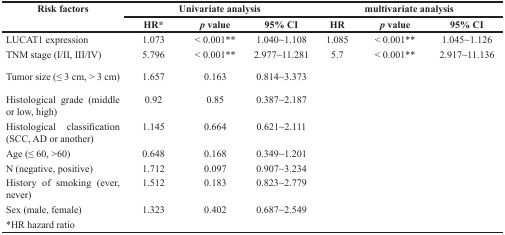
<table><thead><tr><td rowspan="2"><b>Risk factors</b></td><td colspan="3"><b>Univariate analysis</b></td><td colspan="3"><b>multivariate analysis</b></td></tr><tr><td><b>HR*</b></td><td><b><i>p</i> value</b></td><td><b>95% CI</b></td><td><b>HR</b></td><td><b><i>p</i> value</b></td><td><b>95% CI</b></td></tr></thead><tbody><tr><td>LUCAT1 expression</td><td>1.073</td><td>&lt; 0.001**</td><td>1.040~1.108</td><td>1.085</td><td>&lt; 0.001**</td><td>1.045~1.126</td></tr><tr><td>TNM stage (I/II, III/IV)</td><td>5.796</td><td>&lt; 0.001**</td><td>2.977~11.281</td><td>5.7</td><td>&lt; 0.001**</td><td>2.917~11.136</td></tr><tr><td>Tumor size (≤ 3 cm, &gt; 3 cm)</td><td>1.657</td><td>0.163</td><td>0.814~3.373</td><td></td><td></td><td></td></tr><tr><td>Histological grade (middle or low, high)</td><td>0.92</td><td>0.85</td><td>0.387~2.187</td><td></td><td></td><td></td></tr><tr><td>Histological classification (SCC, AD or another)</td><td>1.145</td><td>0.664</td><td>0.621~2.111</td><td></td><td></td><td></td></tr><tr><td>Age (≤ 60, &gt;60)</td><td>0.648</td><td>0.168</td><td>0.349~1.201</td><td></td><td></td><td></td></tr><tr><td>N (negative, positive)</td><td>1.712</td><td>0.097</td><td>0.907~3.234</td><td></td><td></td><td></td></tr><tr><td>History of smoking (ever, never)</td><td>1.512</td><td>0.183</td><td>0.823~2.779</td><td></td><td></td><td></td></tr><tr><td>Sex (male, female)</td><td>1.323</td><td>0.402</td><td>0.687~2.549</td><td></td><td></td><td></td></tr><tr><td>*HR hazard ratio</td><td></td><td></td><td></td><td></td><td></td><td></td></tr></tbody></table>